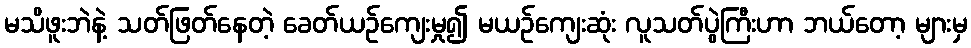
မသိဖူးဘဲနဲ့ သတ်ဖြတ်နေတဲ့ ခေတ်ယဉ်ကျေးမှု၍ မယဉ်ကျေးဆုံး လူသတ်ပွဲကြီးဟာ ဘယ်တော့ များမှ